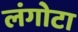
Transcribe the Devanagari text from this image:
लंगोटा